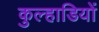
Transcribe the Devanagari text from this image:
कुल्हाडियों